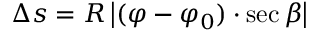
\Delta s = R \, { \big | } ( \varphi - \varphi _ { 0 } ) \cdot \sec \beta { \big | }